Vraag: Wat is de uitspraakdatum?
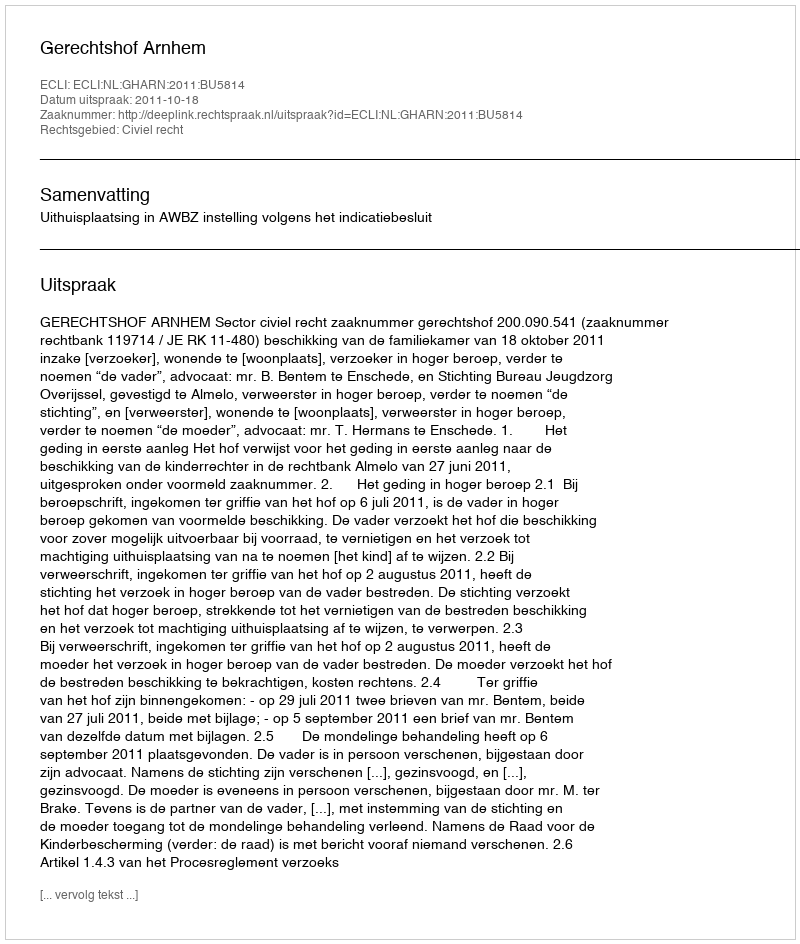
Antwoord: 2011-10-18